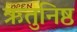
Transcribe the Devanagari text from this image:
ऋतुनिष्ठ